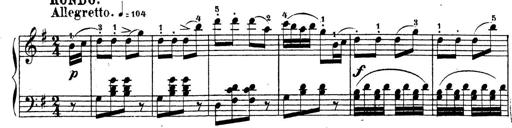
Title: 4 Sonatinas
Composer: Jacob Schmitt